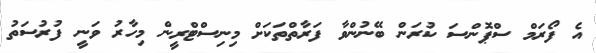
އެ ފޯރަމް ސްޕޮންސަ ކުރަން ބޭނުންވާ ފަރާތްތަކަށް މިނިސްޓްރީން މިހާރު ވަނީ ފުރުސަތު